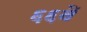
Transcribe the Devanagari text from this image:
६६वें